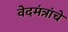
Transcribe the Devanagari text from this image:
वेदमंत्रांचे